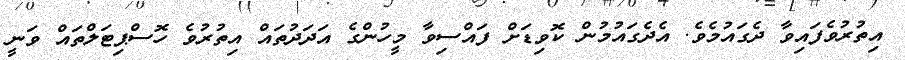
އިތުރުވެފައިވާ ދެގައުމެވެ. އެދެގައުމުން ކޮވިޑަށް ފައްސިވާ މީހުންގެ އަދަދުތައް އިތުރުވެ ހޮސްޕިޓަލްތައް ވަނީ